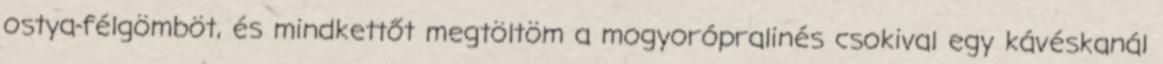
ostya-félgömböt, és mindkettőt megtöltöm a mogyorópralinés csokival egy kávéskanál